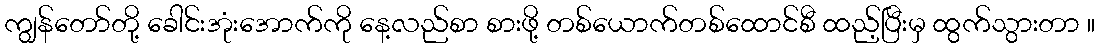
ကျွန်တော်တို့ ခေါင်းအုံးအောက်ကို နေ့လည်စာ စားဖို့ တစ်ယောက်တစ်ထောင်စီ ထည့်ပြီးမှ ထွက်သွားတာ ။